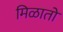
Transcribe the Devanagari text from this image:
मिळातो